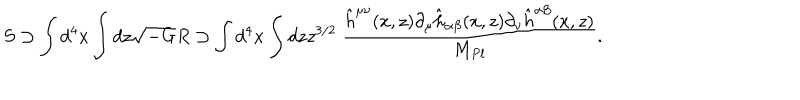
S \supset \int d ^ { 4 } x \int d z \sqrt { - G } R \supset \int d ^ { 4 } x \int d z z ^ { 3 / 2 } ~ { \frac { \hat { h } ^ { \mu \nu } ( x , z ) \partial _ { \mu } \hat { h } _ { \alpha \beta } ( x , z ) \partial _ { \nu } \hat { h } ^ { \alpha \beta } ( x , z ) } { M _ { P l } } } .